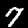
Digit: 7